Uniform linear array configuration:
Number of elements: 16
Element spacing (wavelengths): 0.5
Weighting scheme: hann
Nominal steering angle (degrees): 15
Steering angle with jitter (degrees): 14.186
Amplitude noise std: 0.05
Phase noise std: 0.05

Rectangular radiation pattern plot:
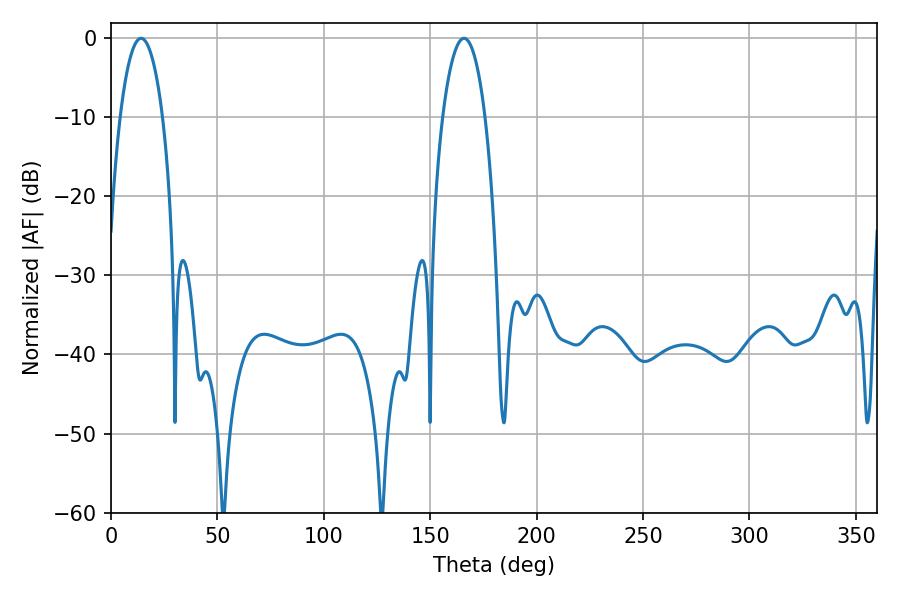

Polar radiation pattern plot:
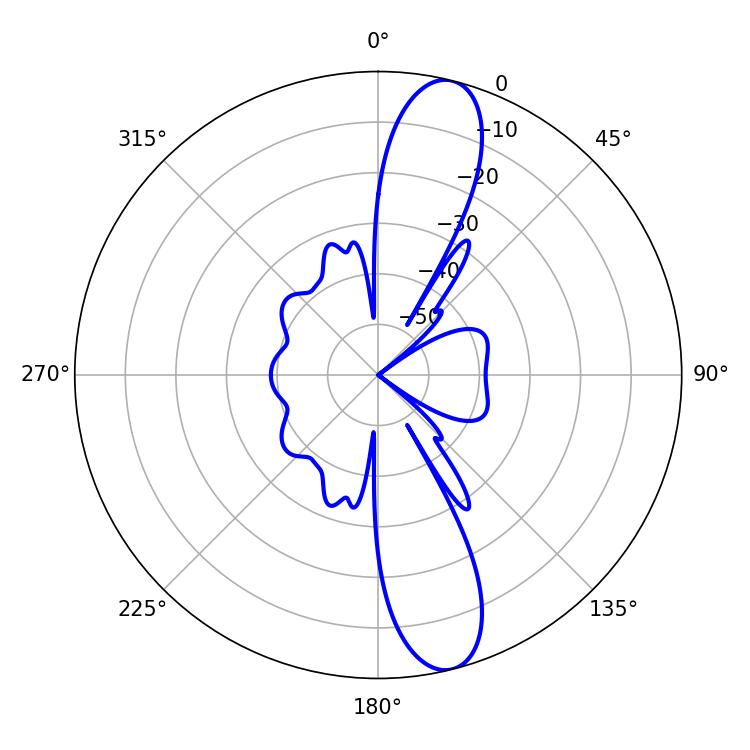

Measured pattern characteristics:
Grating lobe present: FALSE
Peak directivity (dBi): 12.967
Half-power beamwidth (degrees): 11.16
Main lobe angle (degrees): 14.04